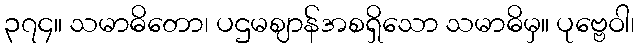
၃၇၄။ သမာဓိတော၊ ပဌမဈာန်အစရှိသော သမာဓိမှ။ ပုဗ္ဗေဝါ၊